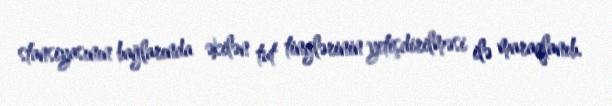
stansiyasının bağlarında əkilən tut tinglərinin yetişdirilməsi ilə maraqlanıb.